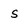
Character: s